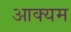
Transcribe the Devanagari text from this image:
आक्यम